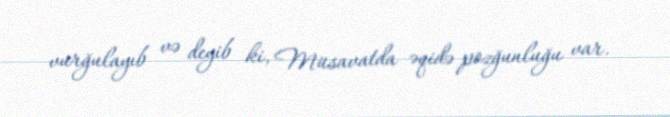
vurğulayıb və deyib ki, Müsavatda əqidə pozğunluğu var.